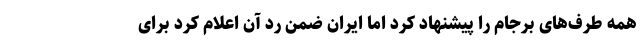
همه طرف‌های برجام را پیشنهاد کرد اما ایران ضمن رد آن اعلام کرد برای